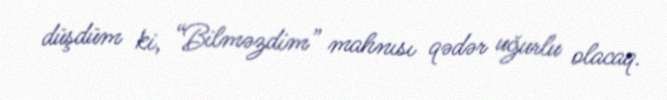
düşdüm ki, “Bilməzdim” mahnısı qədər uğurlu olacaq.